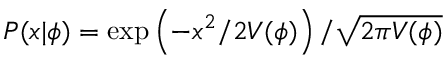
P ( x | \phi ) = \exp \left( - x ^ { 2 } / 2 V ( \phi ) \right) / \sqrt { 2 \pi V ( \phi ) }